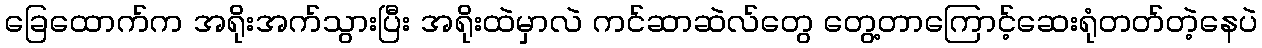
ခြေထောက်က အရိုးအက်သွားပြီး အရိုးထဲမှာလဲ ကင်ဆာဆဲလ်တွေ တွေ့တာကြောင့်ဆေးရုံတတ်တဲ့နေပဲ